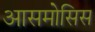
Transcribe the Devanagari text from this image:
आसमोसिस